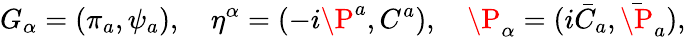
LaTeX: G_{\alpha}=(\pi_{a},\psi_{a}),\quad\eta^{\alpha}=(-i\P^{a},C^{a}),\quad\P_{\alpha}=(i\bar{C}_{a},\bar{\P}_{a}),